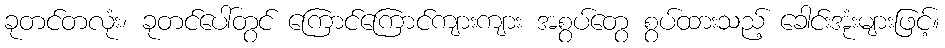
ခုတင်တလုံး၊ ခုတင်ပေါ်တွင် ကြောင်ကြောင်ကျားကျား အစွပ်တွေ စွပ်ထားသည့် ခေါင်းအုံးများဖြင့်။